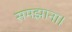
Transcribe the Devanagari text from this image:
समझाना।